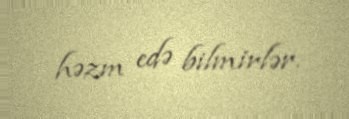
həzm edə bilmirlər.